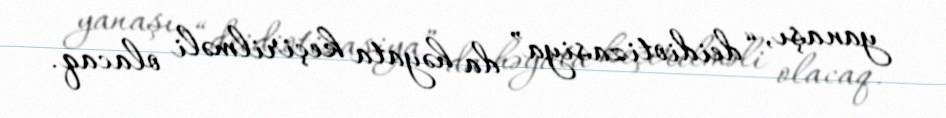
yanaşı, “deidiotizasiya” da həyata keçirilməli olacaq.